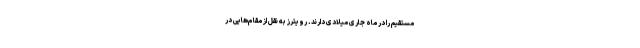
مستقیم را در ماه جاری میلادی دارند. رویترز به نقل از مقام‌هایی در